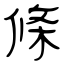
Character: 條